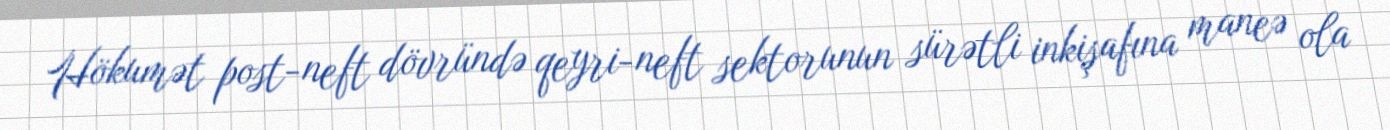
Hökumət post-neft dövründə qeyri-neft sektorunun sürətli inkişafına maneə ola